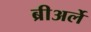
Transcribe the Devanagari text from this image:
ब्रीअर्ले